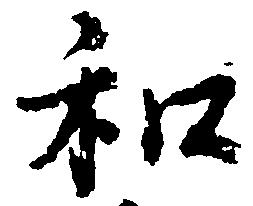
和